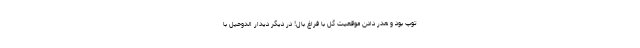
توپ بود و هدر دادن موقعیت گل با فراغ بال! در دیگر دیدار الدوحیل با